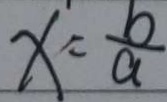
x = \frac { b } { a }